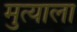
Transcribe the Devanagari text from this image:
मुत्याला